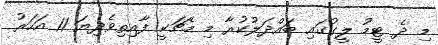
މި ދެ ޓީމު ލީގުގައި ބައްދަލުކުރާ މި މެޗަކީ ފާއިތިވެދިޔަ 11 އަހަރު